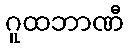
ဂူထဘာဏီ